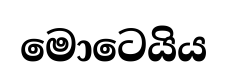
මොටෙයිය